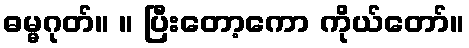
ဓမ္မဂုတ်။ ။ ပြီးတော့ကော ကိုယ်တော်။